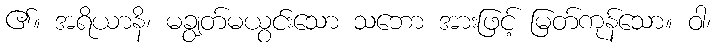
၏။ အရိယာနိ၊ မချွတ်မယွင်းသော သဘော အားဖြင့် မြတ်ကုန်သော။ ဝါ၊